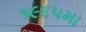
૧૯૬૫મા